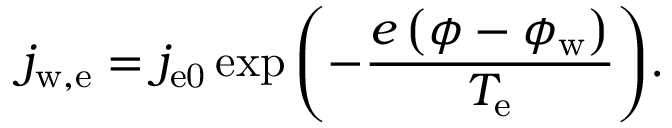
j _ { \mathrm { w , e } } = j _ { \mathrm { e 0 } } \exp { \left( - \frac { e \left( \phi - \phi _ { \mathrm { w } } \right) } { T _ { \mathrm { e } } } \right) } .